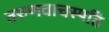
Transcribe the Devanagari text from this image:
तरुणवाचस्पति